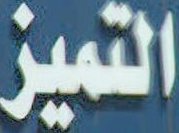
التميز